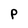
Character: p